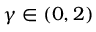
\gamma \in ( 0 , 2 )